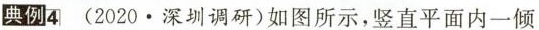
典例4(2020.深圳调研)如图所示，竖直平面内一倾